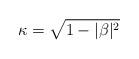
LaTeX: \begin{align*} \kappa = \sqrt{1-|\beta|^2}\end{align*}